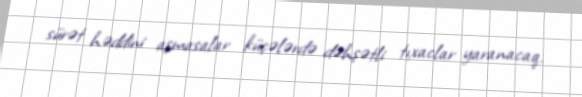
sürət həddini aşmasalar küçələrdə dəhşətli tıxaclar yaranacaq.